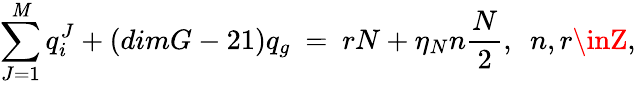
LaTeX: \sum_{J=1}^{\mathit{M}}q_{i}^{J}+(dimG-21)q_{g}\ =\ rN+\eta_{N}n\frac{{N}}{{2}},\ \ n,r\inZ,